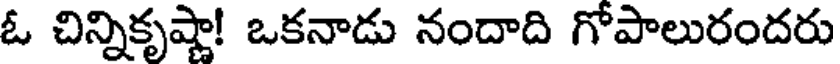
ఓ చిన్నికృష్ణా! ఒకనాడు నందాది గోపాలురందరు